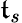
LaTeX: \mathfrak{t}_{s}